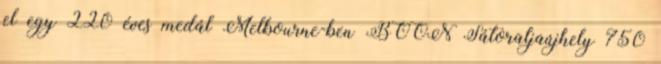
el egy 220 éves medál Melbourne-ben BOON Sátoraljaújhely 750